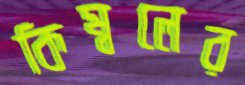
কিম্বলের